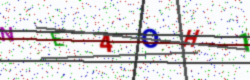
Text: NE4OH1